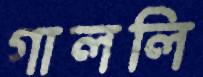
গাললি